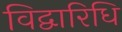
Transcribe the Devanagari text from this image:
विद्वारिधि